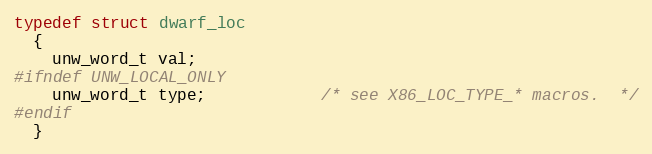
Language: C
typedef struct dwarf_loc
  {
    unw_word_t val;
#ifndef UNW_LOCAL_ONLY
    unw_word_t type;            /* see X86_LOC_TYPE_* macros.  */
#endif
  }